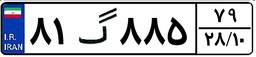
۸۱گ۸۸۵۷۹